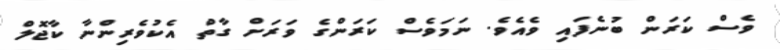
ވެސް ކަރަން ބުނެފައި ވެއެވެ. ނަމަވެސް ކަރަންގެ ވަރަށް ގާތް އެކުވެރިންނާ ކާޖޮލް